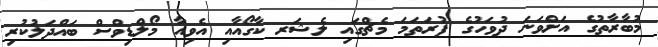
މުބާރާތުގެ އަށްވަނަ ދުވަހުގެ ފުރަތަމަ މެޗްގައި ލެޝަރ ކާގޯއާއި އެވިއާ މޯލްޑިވްސް ބައްދަލުކުރި